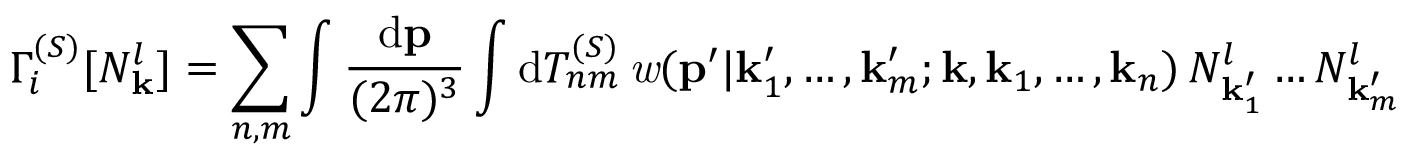
\Gamma _ { i } ^ { ( { \cal S } ) } [ N _ { \bf k } ^ { l } ] = \sum _ { n , m } \int \frac { \mathrm { d } { \bf p } } { ( 2 \pi ) ^ { 3 } } \int \mathrm { d } { \cal T } _ { n m } ^ { ( { \cal S } ) } \, { \it w } ( { \bf p } ^ { \prime } \vert { \bf k } _ { 1 } ^ { \prime } , \ldots , { \bf k } _ { m } ^ { \prime } ; { \bf k } , { \bf k } _ { 1 } , \ldots , { \bf k } _ { n } ) \, N _ { { \bf k } _ { 1 } ^ { \prime } } ^ { l } \ldots N _ { { \bf k } _ { m } ^ { \prime } } ^ { l }